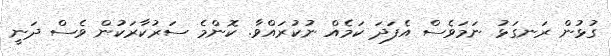
ގުޅުން ރަނގަޅު ނަމަވެސް އެފަދަ ކަމެއް ނުކުރައްވާ. ކޮންމެ ސަރުކާރަކުން ވެސް ދަނީ